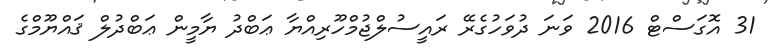
31 އޮގަސްޓް 2016 ވަނަ ދުވަހުގެރޭ ރައީސުލްޖުމްހޫރިއްޔާ ޢަބްދު ޔާމީން ޢަބްދުލް ޤައްޔޫމްގެ